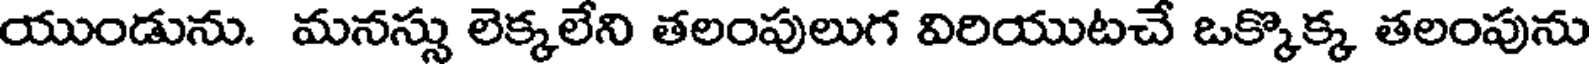
యుండును. మనస్సు లెక్కలేని తలంపులుగ విరియుటచే ఒక్కొక్క తలంపును